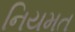
નિયમત